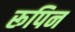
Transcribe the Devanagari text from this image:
रूपिन